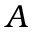
\boldsymbol { A }